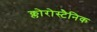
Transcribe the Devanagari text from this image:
क्लोरोस्टैनिक